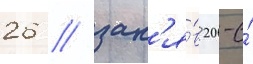
26 / зан'я́в 20-е́